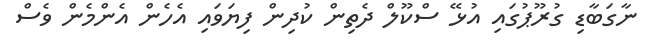
ނާގަބާޑި ގުރޫޕުގައި އުޅޭ ސްކޫލް ދެތިން ކުދިން ފިޔަވައި އެހެން އެންމެން ވެސް